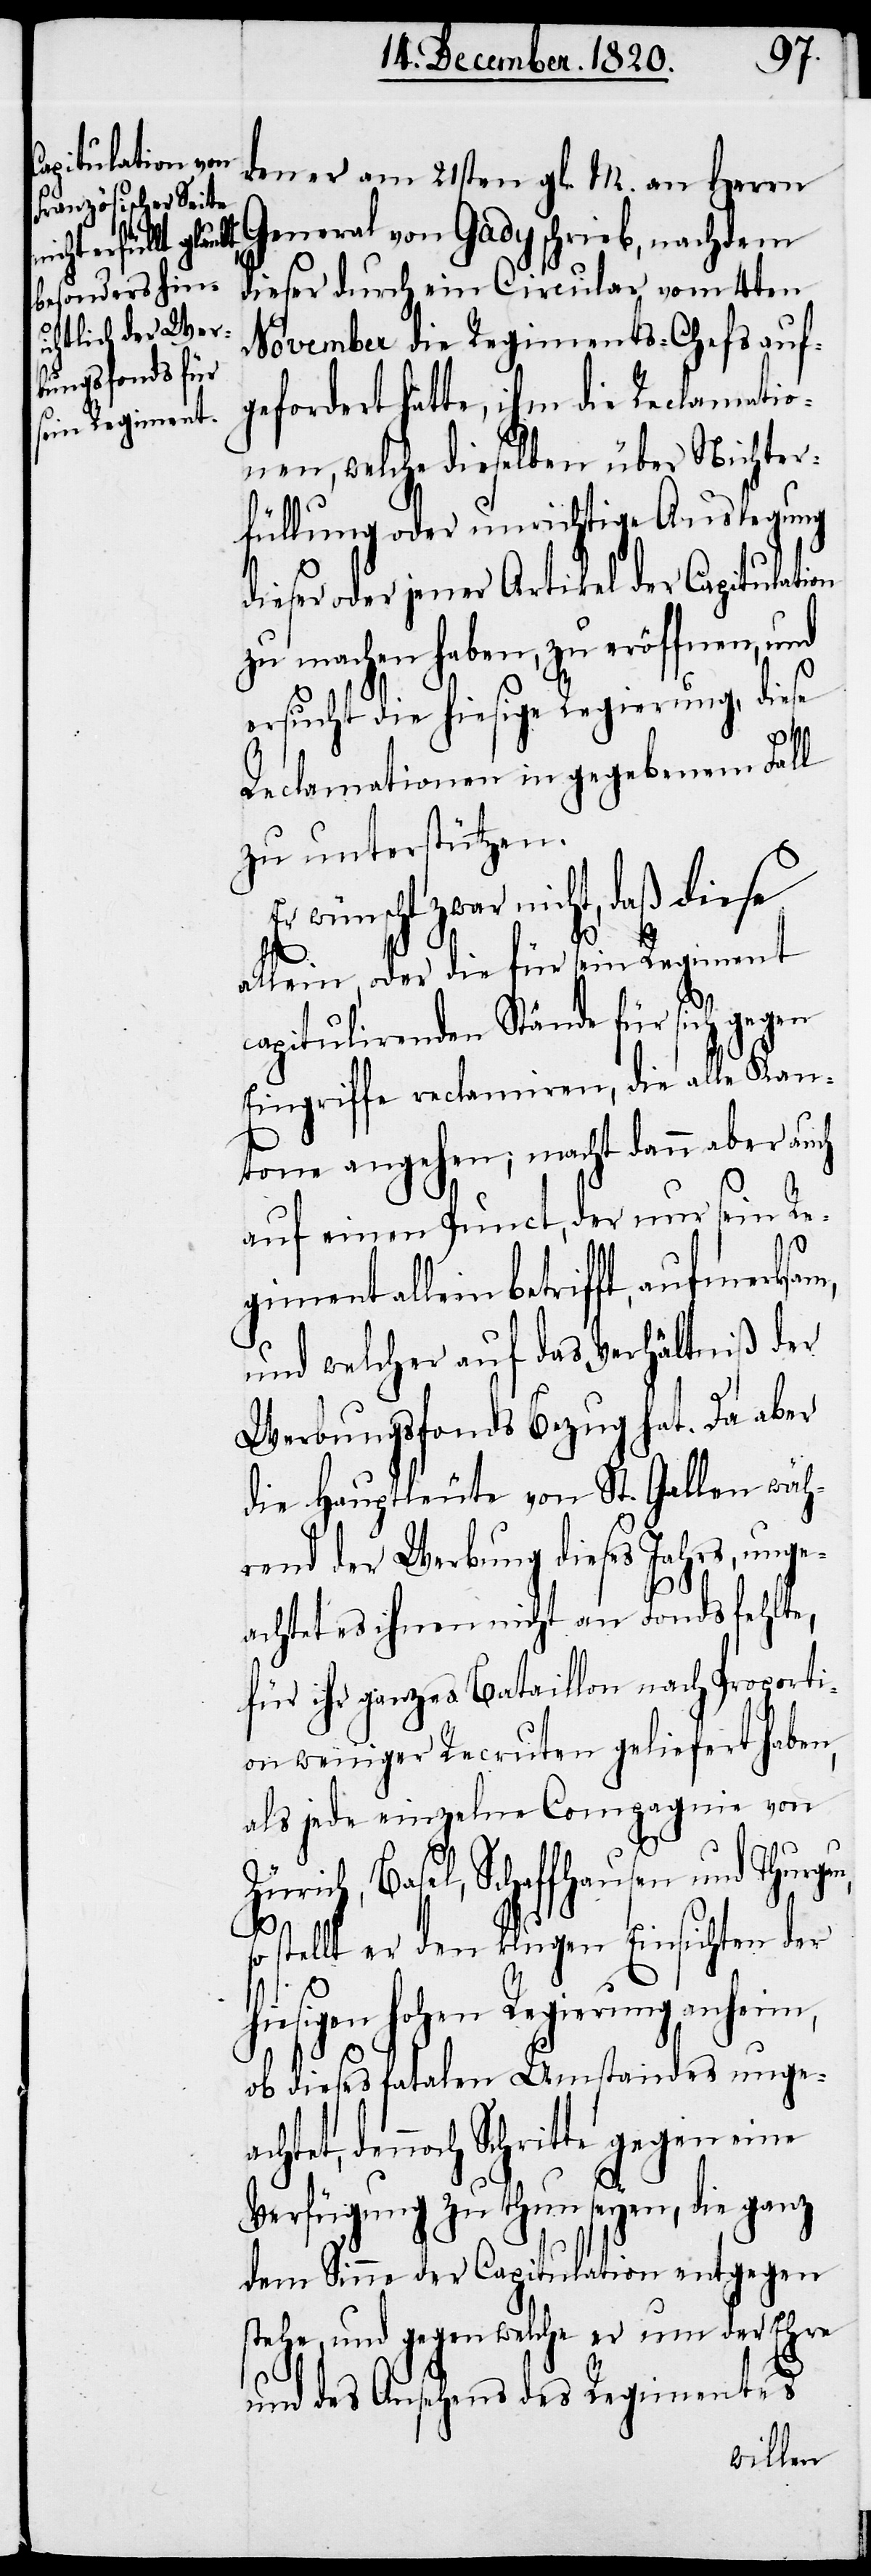
Schritte gegen

den er am 21sten gl. M. an Herrn
General von Gady schrieb, nachdem
dieser durch ein Circular vom 4ten
November die Regiments-Chefs auf¬
gefordert hatte, ihm die Reclamatio¬
nen, welche dieselben über Nichter¬
füllung oder unrichtige Auslegung
dieser oder jener Artikel der Capitulation
zu machen haben, zu eröffnen, und
ersucht die hiesige Regierung, diese
Reclamationen in gegebenem Fall
zu unterstützen.
zwar nicht, daß diese
allein, oder die für sein Regiment
capitulirenden Stände für sich gegen
Eingriffe reclamiren, die alle Kan¬
tone angehen; macht dann aber auch
auf einen Punct, der nur sein Re¬
giment allein betrifft, aufmerksam,
und welcher auf das Verhältniß der
Werbungsfonds Bezug hat. Da aber
die Hauptleute von St. Gallen wäh¬
rend der Werbung dieses Jahrs, unge¬
achtet es ihnen nicht an Fonds fehlte,
für ihr ganzes Bataillon nach Proporti¬
on weniger Recruten geliefert haben,
als jede einzelne Compagnie von
Zürich, Basel, Schaffhausen und Thurga¬
u,
so stellt er den klugen Einsichten der
hiesigen hohen Regierung anheim,
ob dieses fatalen Umstandes ungea¬
Verfügung zu thun seyen, die ganz
dem Sinne der Capitulation entgegen
stehe, und gegen welche er um der Ehre
und des Aufsehens des Regimentes